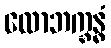
လောဘက္ခန္ဓံ